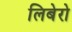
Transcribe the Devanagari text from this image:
लिबेरो